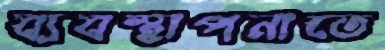
ব্যবস্থাপনাতে